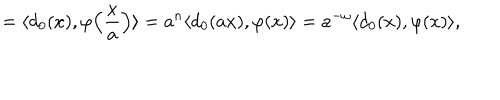
LaTeX: = \langle d _ { 0 } ( x ) , \varphi \Bigl ( \frac { x } { a } \Bigr ) \rangle = a ^ { n } \langle d _ { 0 } ( a x ) , \varphi ( x ) \rangle = a ^ { - \omega } \langle d _ { 0 } ( x ) , \varphi ( x ) \rangle ,